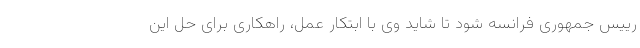
رییس جمهوری فرانسه شود تا شاید وی با ابتکار عمل، راهکاری برای حل این